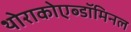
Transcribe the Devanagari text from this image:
थोराकोएब्डॉमिनल